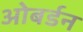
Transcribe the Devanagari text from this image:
ओबर्डन